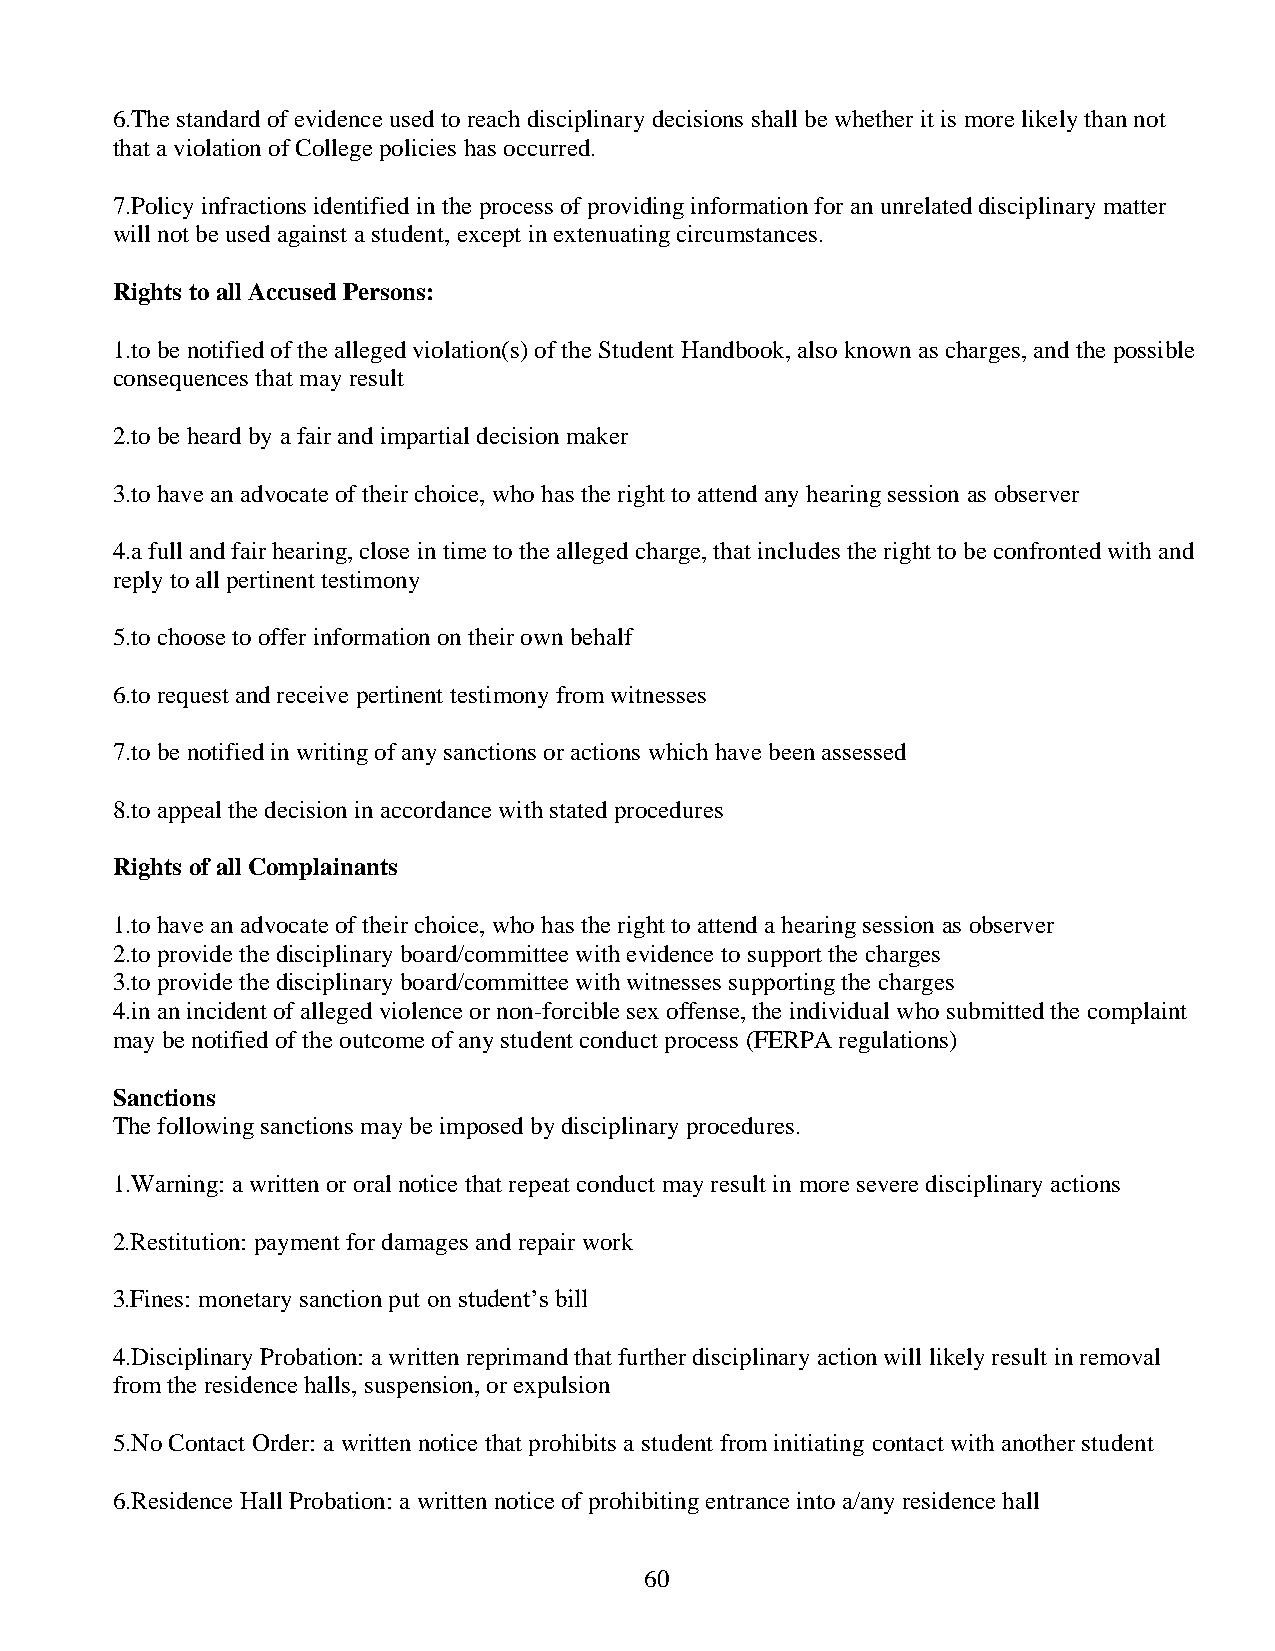
6.The standard of evidence used to reach disciplinary decisions shall be whether it is more likely than not
 that a violation of College policies has occurred.
 7.Policy infractions identified in the process of providing information for an unrelated disciplinary matter
 will not be used against a student, except in extenuating circumstances.
 Rights to all Accused Persons:
 1.to be notified of the alleged violation(s) of the Student Handbook, also known as charges, and the possible
 consequences that may result
 2.to be heard by a fair and impartial decision maker
 3.to have an advocate of their choice, who has the right to attend any hearing session as observer
 4.a full and fair hearing, close in time to the alleged charge, that includes the right to be confronted with and
 reply to all pertinent testimony
 5.to choose to offer information on their own behalf
 6.to request and receive pertinent testimony from witnesses
 7.to be notified in writing of any sanctions or actions which have been assessed
 8.to appeal the decision in accordance with stated procedures
 Rights of all Complainants
 1.to have an advocate of their choice, who has the right to attend a hearing session as observer
 2.to provide the disciplinary board/committee with evidence to support the charges
 3.to provide the disciplinary board/committee with witnesses supporting the charges
 4.in an incident of alleged violence or non-forcible sex offense, the individual who submitted the complaint
 may be notified of the outcome of any student conduct process (FERPA regulations)
 Sanctions
 The following sanctions may be imposed by disciplinary procedures.
 1.Warning: a written or oral notice that repeat conduct may result in more severe disciplinary actions
 2.Restitution: payment for damages and repair work
 3.Fines: monetary sanction put on student’s bill
 4.Disciplinary Probation: a written reprimand that further disciplinary action will likely result in removal
 from the residence halls, suspension, or expulsion
 5.No Contact Order: a written notice that prohibits a student from initiating contact with another student
 6.Residence Hall Probation: a written notice of prohibiting entrance into a/any residence hall
 60